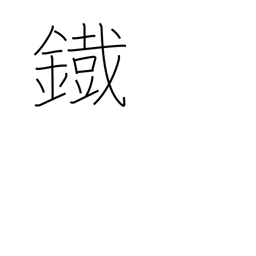
Meaning: iron